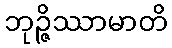
ဘုဉ္ဇိဿာမာတိ